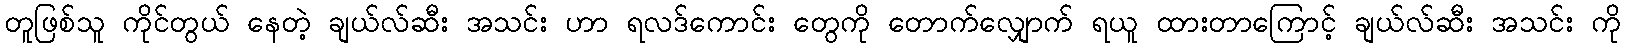
တူဖြစ်သူ ကိုင်တွယ် နေတဲ့ ချယ်လ်ဆီး အသင်း ဟာ ရလဒ်ကောင်း တွေကို တောက်လျှောက် ရယူ ထားတာကြောင့် ချယ်လ်ဆီး အသင်း ကို